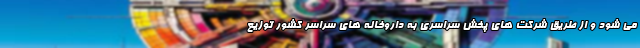
می شود و از طریق شرکت های پخش سراسری به داروخانه های سراسر کشور توزیع